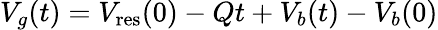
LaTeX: V_{g}(t)=V_{\mathrm{res}}(0)-Qt+V_{b}(t)-V_{b}(0)